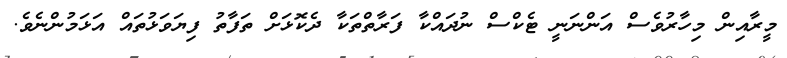
މީރާއިން މިހާރުވެސް އަންނަނީ ޓެކްސް ނުދައްކާ ފަރާތްތަކާ ދެކޮޅަށް ތަފާތު ފިޔަވަޅުތައް އަޅަމުންނެވެ.